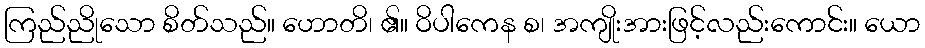
ကြည်ညိုသော စိတ်သည်။ ဟောတိ၊ ၏။ ဝိပါကေန စ၊ အကျိုးအားဖြင့်လည်းကောင်း။ ယော